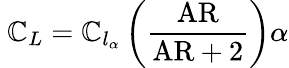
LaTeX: \ \mathbb{C}_{L}=\mathbb{C}_{l_{\alpha}}\left({\frac{{\mathrm{{AR}}}}{{{\mathrm{{AR}}}+2}}}\right)\alpha